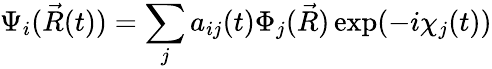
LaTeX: \Psi_{i}(\vec{R}(t))=\sum_{j}a_{ij}(t)\Phi_{j}(\vec{R})\exp(-i\chi_{j}(t))